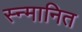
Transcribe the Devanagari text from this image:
स्न्मानित